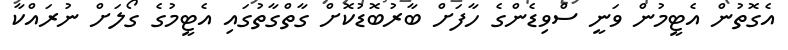
އެގޮތުން އެޓީމުން ވަނީ ސްވިޑެންގެ ހާފަށް ބާރުބޮޑުކޮށް ގާތްގާތުގައި އެޓީމުގެ ގޯލަށް ނުރައްކާ